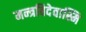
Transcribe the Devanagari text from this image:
मन्त्रविदेवास्मि